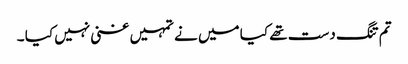
تم تنگ دست تھے کیا میں نے تمہیں غنی نہیں کیا ۔